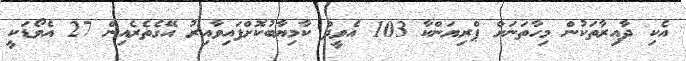
އެކި ދާއިރާތަކުން މިހާތަނަށް ޕްރިޔަންކާ 103 އެވީދް ކާމިޔާބުކޮށްފައިވާއިރު އޭގެތެރެއިން 27 އެވޯޑަކީ